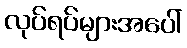
လုပ်ရပ်များအပေါ်